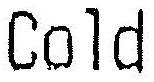
COLD